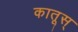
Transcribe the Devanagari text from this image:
कातूस्